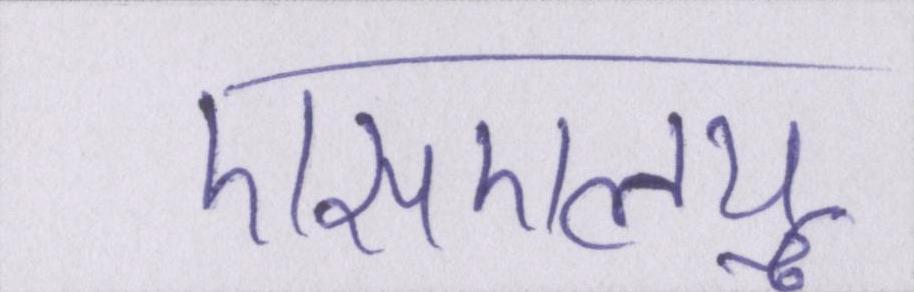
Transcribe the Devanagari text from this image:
एसएलयू